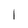
Character: l